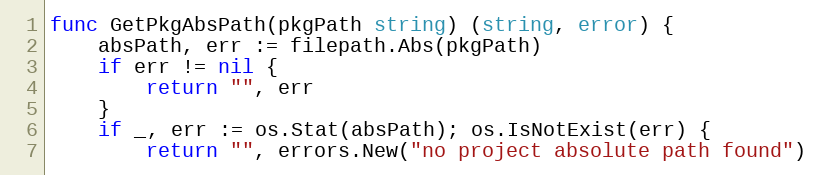
Language: Go
func GetPkgAbsPath(pkgPath string) (string, error) {
	absPath, err := filepath.Abs(pkgPath)
	if err != nil {
		return "", err
	}
	if _, err := os.Stat(absPath); os.IsNotExist(err) {
		return "", errors.New("no project absolute path found")